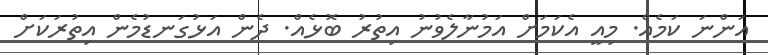
އަންނަ ކަމެއް. މިއީ އެކަމަށް އަމުނާލެވުނު އިތުރު ބޮޅެއް. ދެން އަޅުގަނޑުމެން އިތުރަކަށް